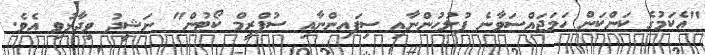
"އެކަމުގެ ކަންކަން ހަމަޖައްސަވާނެ ފުލުހުންނާއި ސިފައިންނާއި ސުޕްރީމް ކޯޓުން" ނަޝީދު ވިދާޅުވި އެވެ.